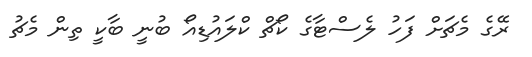
ރޭގެ މެޗަށް ފަހު ލެސްޓާގެ ކޯޗް ކްލައުޑިއޯ ބުނީ ބާކީ ތިން މެޗު